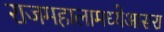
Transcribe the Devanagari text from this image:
राजमहालामध्येआसरा